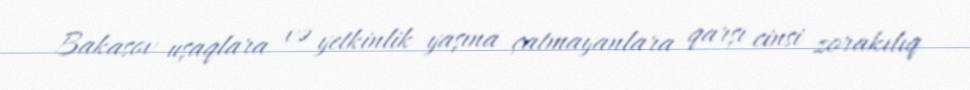
Bakasov uşaqlara və yetkinlik yaşına çatmayanlara qarşı cinsi zorakılıq